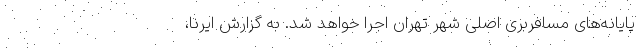
پایانه‌های مسافربری اصلی شهر تهران اجرا خواهد شد. به گزارش ایرنا،